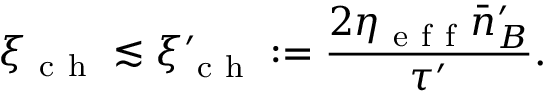
\xi _ { \mathrm { ~ c ~ h ~ } } \lesssim \xi _ { \mathrm { ~ c ~ h ~ } } ^ { \prime } : = \frac { 2 \eta _ { \mathrm { ~ e ~ f ~ f ~ } } \bar { n } _ { B } ^ { \prime } } { \tau ^ { \prime } } .